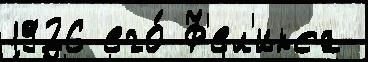
1926 его́ Ф'ел'икса